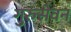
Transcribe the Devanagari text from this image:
गुरुसेवन